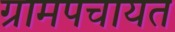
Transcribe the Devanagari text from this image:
ग्रामपचायत